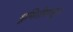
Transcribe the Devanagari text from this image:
भूमितीपासून